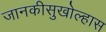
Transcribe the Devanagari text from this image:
जानकीसुखोल्हास